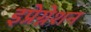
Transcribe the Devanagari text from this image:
इप्रेग्नेशन